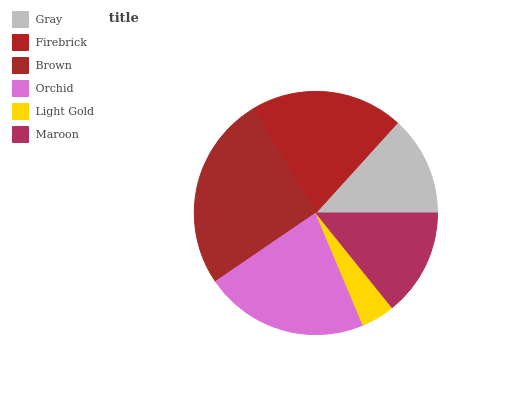
| Gray | Firebrick | Brown | Orchid | Light Gold | Maroon |
 | --- | --- | --- | --- | --- | --- |
 | 13.3% | 20.4% | 25.9% | 21.8% | 4.44% | 14.2% |